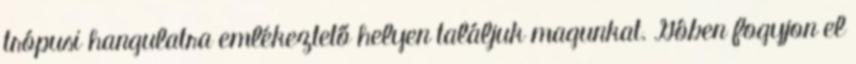
trópusi hangulatra emlékeztető helyen találjuk magunkat. Gôben fogyjon el